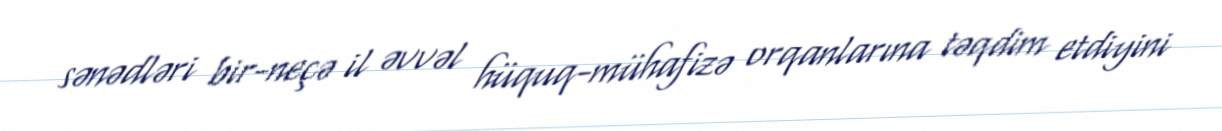
sənədləri bir-neçə il əvvəl hüquq-mühafizə orqanlarına təqdim etdiyini